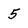
Character: 5